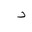
Letter: _dal